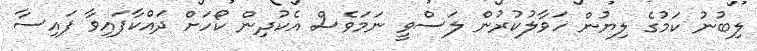
ލިބުނު ކަމުގެ ލިޔުން ހަވާލުކުރުން ލަސްވީ ނަމަވެސް އެކުދިން ކޯހަށް ދައްކާފައިވާ ފައިސާ